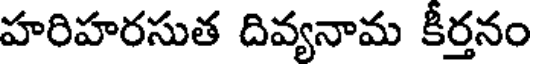
హరిహరసుత దివ్యనామ కీర్తనం